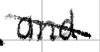
Text: and
Cross-out: diagonal
Writing tool: digital_black